Cholera in India, 1862 to 1881
Year: 1862
Disease focus: Cholera
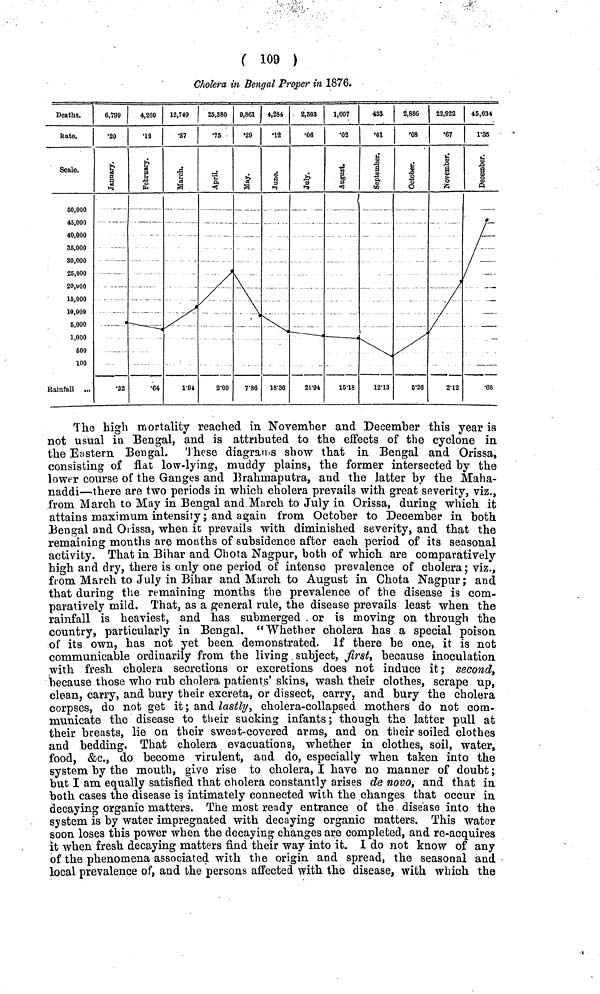
( 109 )
Cholera in Bengal Proper in 1876.
The high mortality reached in November and December this year is
not usual in Bengal, and is attributed to the effects of the cyclone in
the Eastern Bengal. These diagrams show that in Bengal and Orissa,
consisting of flat low-lying, muddy plains, the former intersected by the
lower course of the Ganges and Brahmaputra, and the latter by the Maha-
naddi—there are two periods in which cholera prevails with great severity, viz.,
from March to May in Bengal and March to July in Orissa, during which it
attains maximum intensity; and again from October to December in both
Bengal and Orissa, when it prevails with, diminished severity, and that the
remaining months are months of subsidence after each period of its seasonal
activity. That in Bihar and Chota Nagpur, both of which are comparatively
high and dry, there is only one period of intense prevalence of cholera; viz.,
from March to July in Bihar and March to August in Chota Nagpur; and
that during the remaining months the prevalence of the disease is com-
paratively mild. That, as a general rule, the disease prevails least when the
rainfall is heaviest, and has submerged or is moving on through the
country, particularly in Bengal. "Whether cholera has a special poison
of its own, has not yet been demonstrated. If there be one, it is not
communicable ordinarily from the living subject, first, because inoculation
with fresh cholera secretions or excretions does not induce it; second,
because those who rub cholera patients' skins, wash their clothes, scrape up,
clean, carry, and bury their excreta, or dissect, carry, and bury the cholera
corpses, do not get it; and lastly, cholera-collapsed mothers do not com-
municate the disease to their sucking infants; though the latter pull at
their breasts, lie on their sweat-covered arms, and on their soiled clothes
and bedding. That cholera evacuations, whether in clothes, soil, water,
food, &c., do become virulent, and do, especially when taken into the
system by the mouth, give rise to cholera, I have no manner of doubt;
but I am equally satisfied that cholera constantly arises de novo, and that in
both cases the disease is intimately connected with the changes that occur in
decaying organic matters. The most ready entrance of the disease into the
system is by water impregnated with decaying organic matters. This water
soon loses this power when the decaying changes are completed, and re-acquires
it when fresh decaying matters find their way into it- I do not know of any
of the phenomena associated with the origin and spread, the seasonal and
local prevalence of, and the persons affected with the disease, with which the